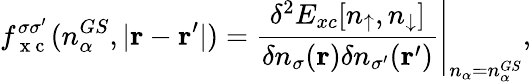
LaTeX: f_{\mathrm{~x~c~}}^{\sigma\sigma^{\prime}}(n_{\alpha}^{GS},|\mathbf{r}-\mathbf{r}^{\prime}|)=\left.\frac{\delta^{2}E_{xc}[n_{\uparrow},n_{\downarrow}]}{\delta n_{\sigma}(\mathbf{r})\delta n_{\sigma^{\prime}}(\mathbf{r}^{\prime})}\right|_{n_{\alpha}=n_{\alpha}^{GS}},